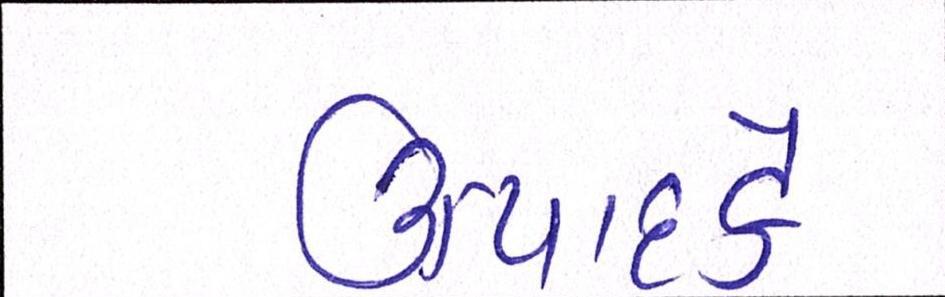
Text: ઉત્પાદકે